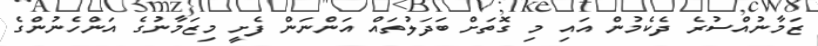
ޒަމާނުއްސުރެ ދެކެމުން އައި މި ގޮތަށް ބަދަލުތައް އަންނަން ފެށީ މިޒަމާނުގެ އަންހެނުންގެ